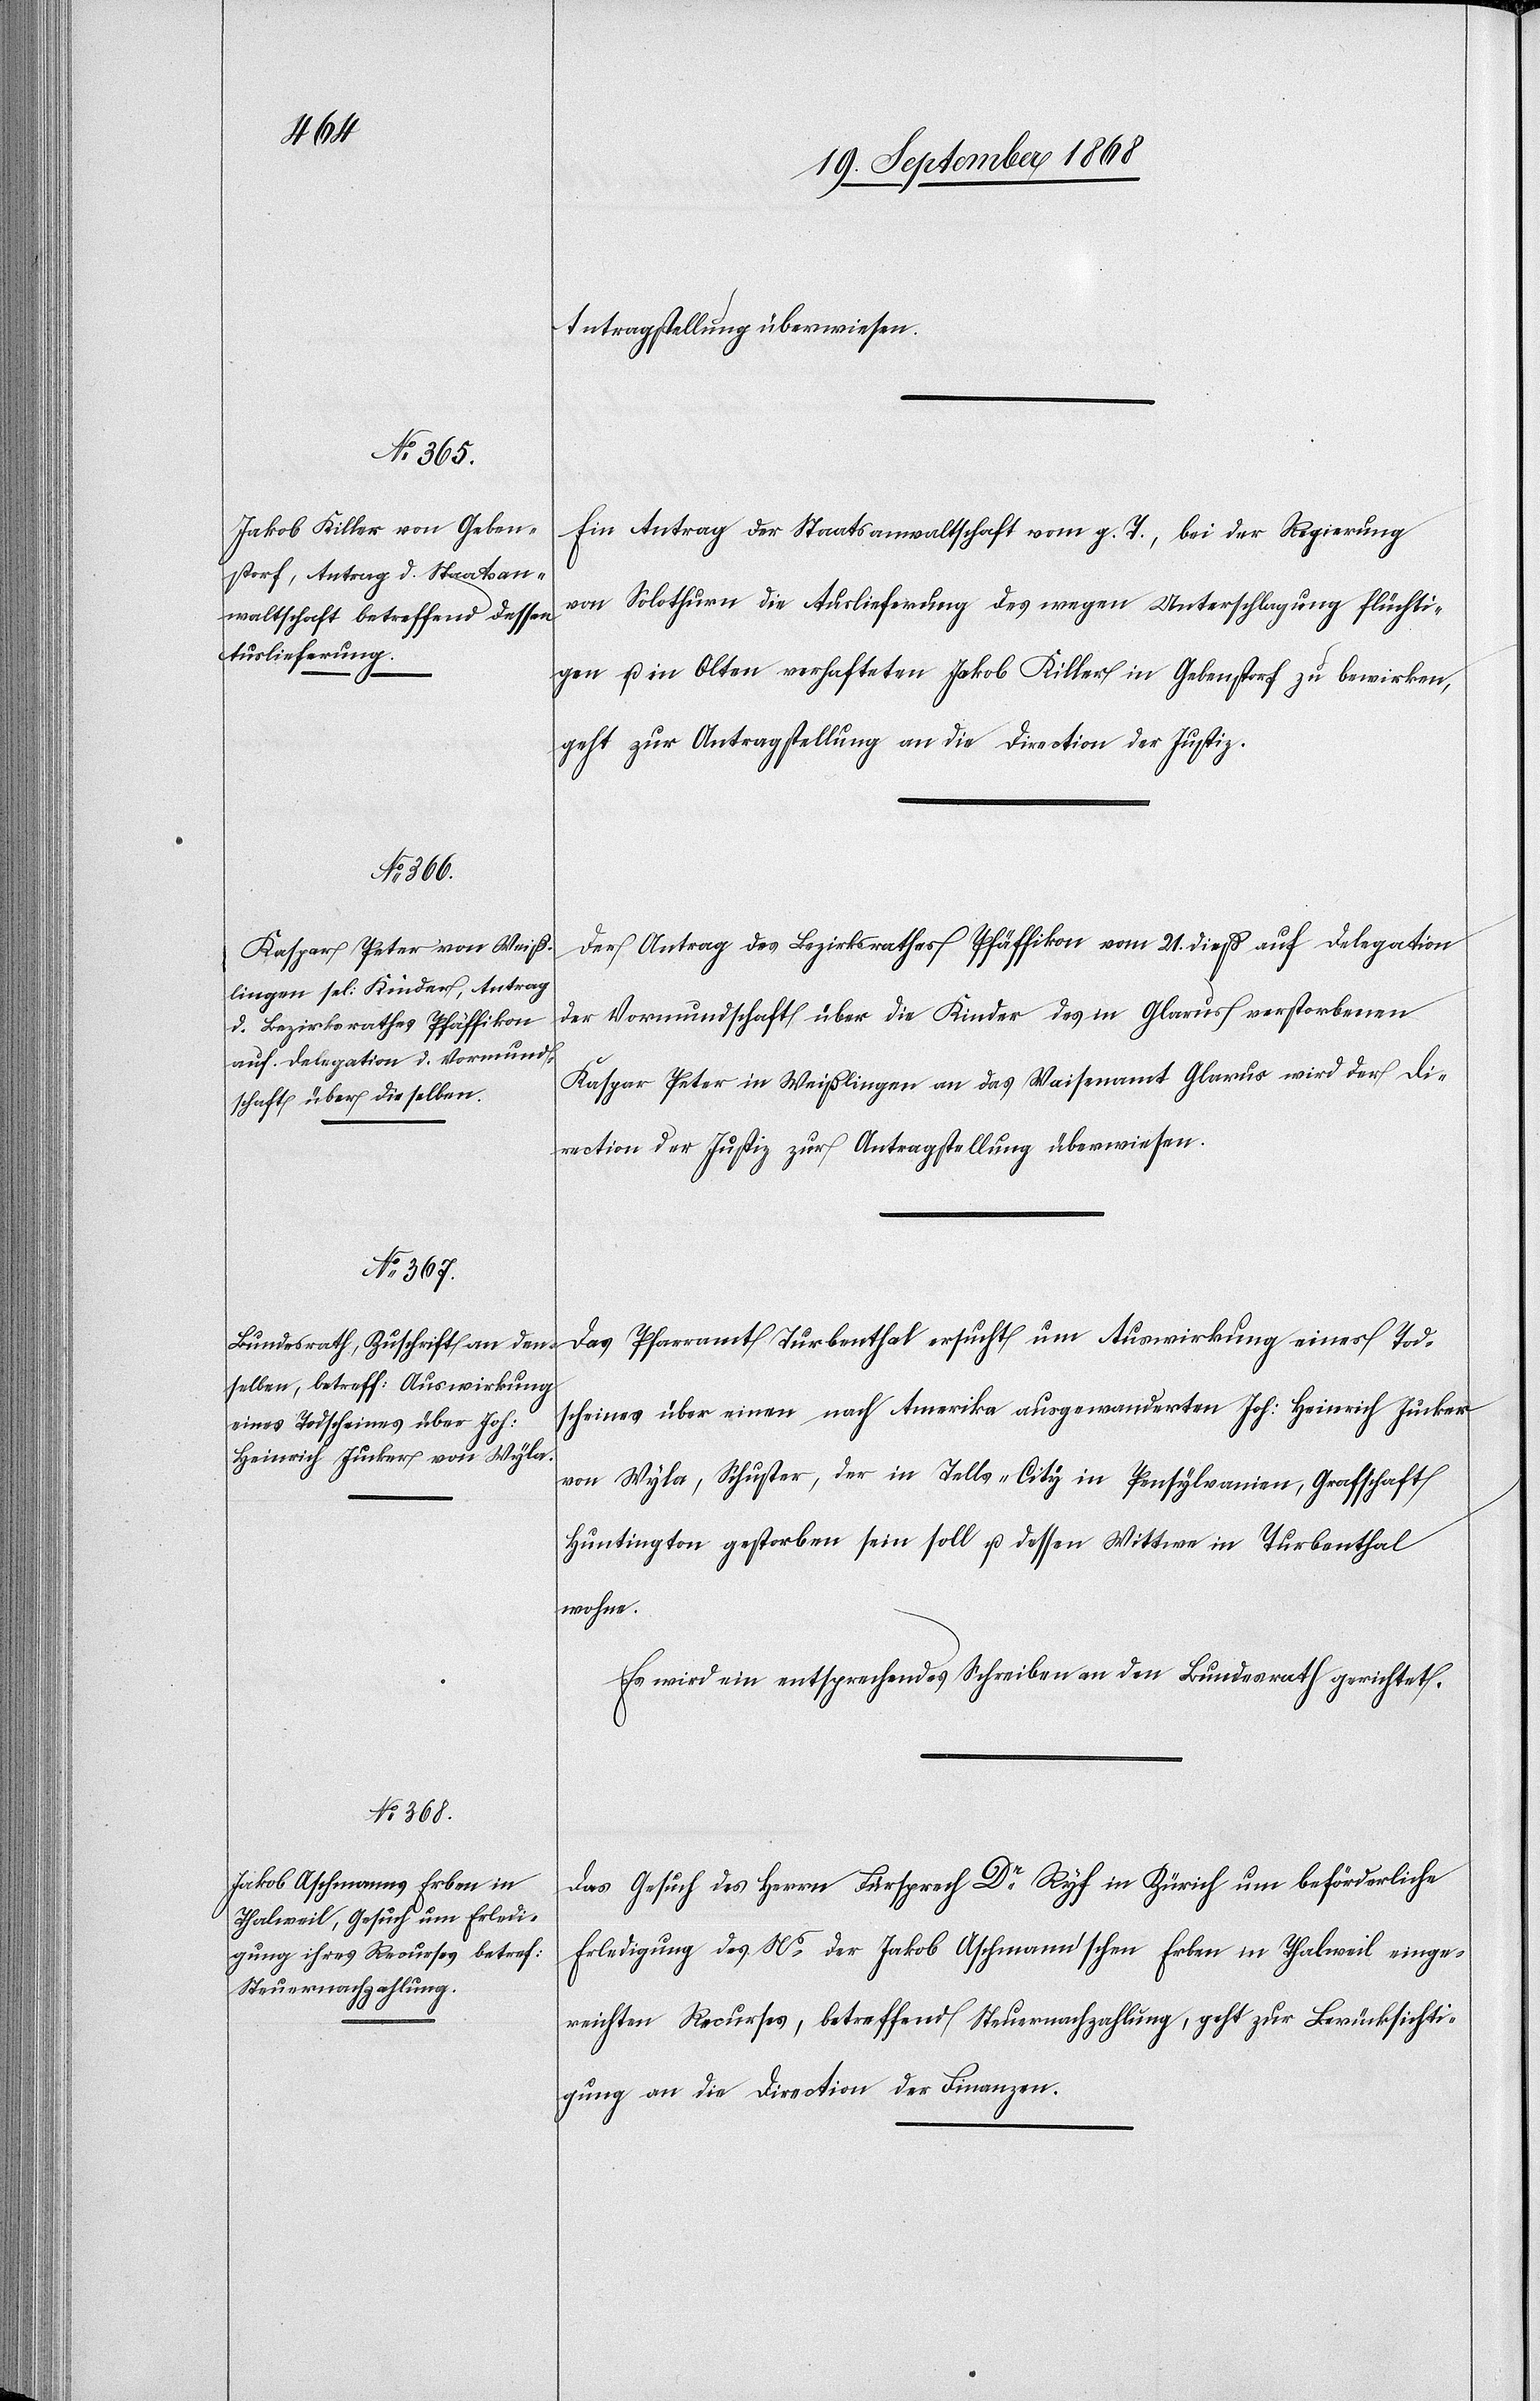
23. September 1868]
Antragstellung überwiesen.
Ein Antrag der Staatsanwaltschaft vom g. T., bei der Regierung
von Solothurn die Auslieferung des wegen Unterschlagung flüchti¬
gen u. in Olten verhafteten Jakob Killer in Gebenstorf zu bewirken,
geht zur Antragstellung an die Direction der Justiz.
Der Antrag des Bezirksrathes Pfäffikon vom 21. dieß auf Delegation
der Vormundschaft über die Kinder des in Glarus verstorbenen
Kaspar Peter in Weißlingen an das Waisenamt Glarus wird der Di¬
rection der Justiz zur Antragstellung überwiesen.
Das Pfarramt Turbenthal ersucht um Auswirkung eines Tods¬
cheines über einen nach Amerika ausgewanderten Joh: Heinrich Jucker
von Wyla, Schuster, der in Tells-City in Pensylvanien, Grafschaft
Huntington gestorben sein soll u. dessen Wittwe in Turbenthal
wohne.
Es wird ein entsprechendes Schreiben an den Bundesrath gerichtet.
Das Gesuch des Herrn Fürsprech Dr Ryf in Zürich um beförderliche
Erledigung des Ns der Jakob Aschmann’schen Erben in Thalweil einge¬
reichten Recurses, betreffend Steuernachzahlung, geht zur Berücksichti¬
gung an die Direction der Finanzen.